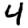
Digit: 4